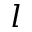
l